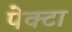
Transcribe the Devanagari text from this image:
पेक्टा